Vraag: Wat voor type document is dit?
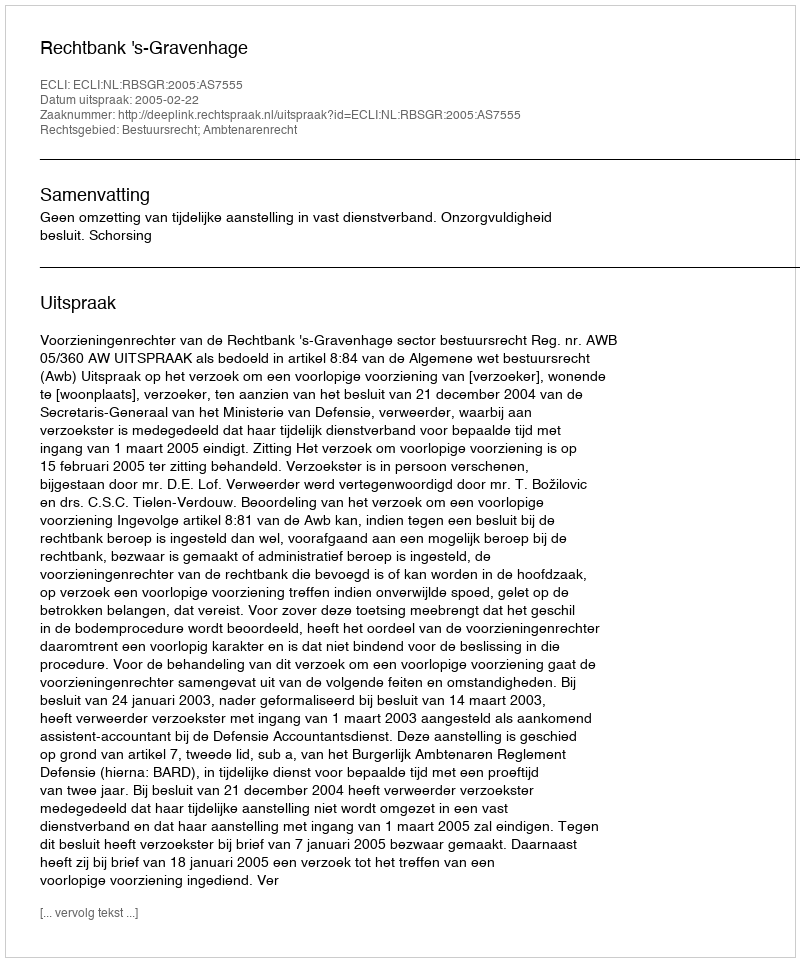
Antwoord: Uitspraak